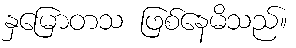
နှမြောတသ ဖြစ်နေမိသည်။